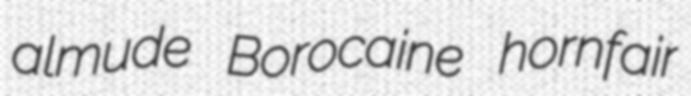
almude Borocaine hornfair